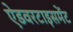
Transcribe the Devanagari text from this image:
ऐडवरटाइसमेंट